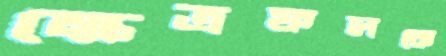
ক্ষেত্রফলকে